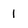
Character: 1